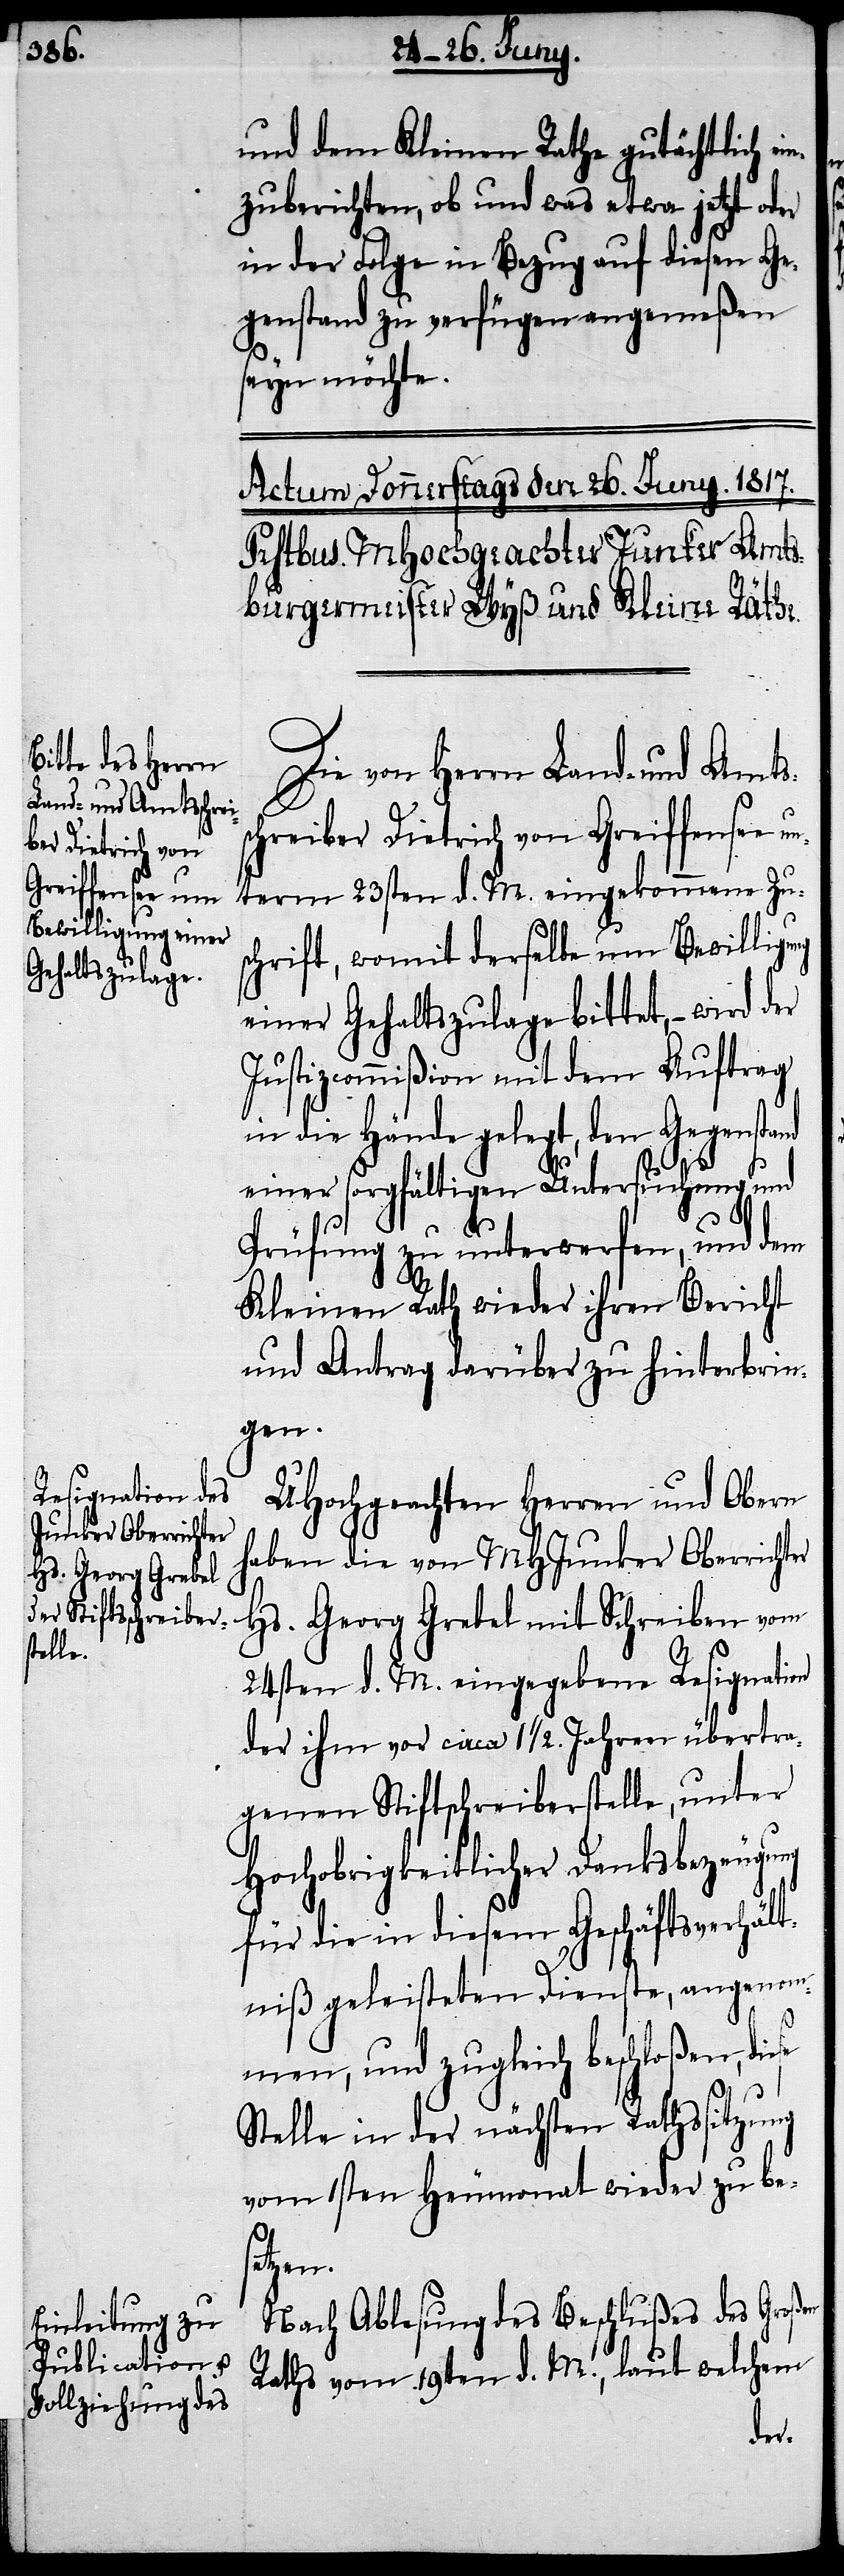
und dem Kleinen Rathe gutächtlich e¬
zuberichten, ob und was etwa jetzt oder
in der Folge in Bezug auf diesen Ge¬
genstand zu verfügen angemeßen
seyn möchte.
Die von Herrn Land- und Amts¬
schreiber Dietrich von Greiffensee un¬
term 23sten d. M. eingekommene Zu¬
schrift, womit derselbe um Bewillig¬
einer Gehaltszulage bittet, – wird
Justizcommißion mit dem Auftrag
in die Hände gelegt, den Gegenstand
einer sorgfältigen Untersuchung und
Prüfung zu unterwerfen, und dem
Kleinen Rath wieder ihren Bericht
und Antrag darüber zu hinterbrin¬
gen.
UHochgeachten Herren und Obern
haben die von MHJunker Oberrichter
Hs. Georg Grebel mit Schreiben vom
24sten d. M. eingegebene Resignation
der ihm vor circa 1 1/2. Jahren übertra¬
genen Stiftsschreiberstelle, unter
Hochobrigkeitlicher Danksbezeugung
für die in diesem Geschäftsverhält¬
niß geleisteten Dienste, angeme¬
ßen, und zugleich beschloßen, diese
Stelle in der nächsten Rathssitzung
vom 1sten Heumonat wieder zu bes¬
etzen.
Nach Ablesung des Beschlußes des Großen
Raths vom 19ten d. M., laut welchem
der